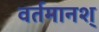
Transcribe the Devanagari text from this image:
वर्तमानश्